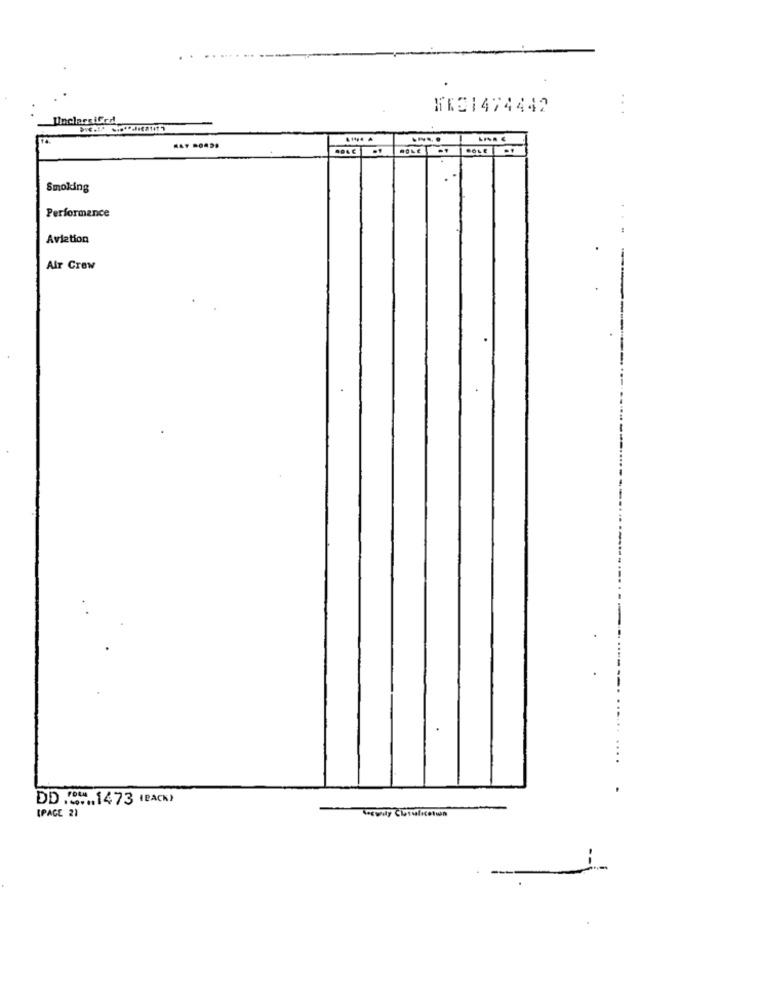
..
HES1474442
COLE
Smoking
Performance
Aviation
-
Air Crew
DD ..... 1473 (BACK)
IPACE 21